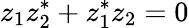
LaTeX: z_{1}z_{2}^{*}+z_{1}^{*}z_{2}=0